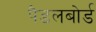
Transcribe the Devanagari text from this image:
पैडलबोर्ड